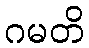
ဂမတိ